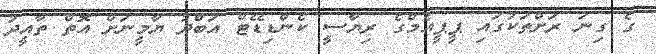
ގެ ގިނަ ރަށްތަކުގައި ޕީޕީއެމްގެ ރިޔާސީ ކެންޑިޑޭޓް އަބްދު ޔާމީނަށް އޮތް ތާއީދު